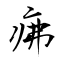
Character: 疿